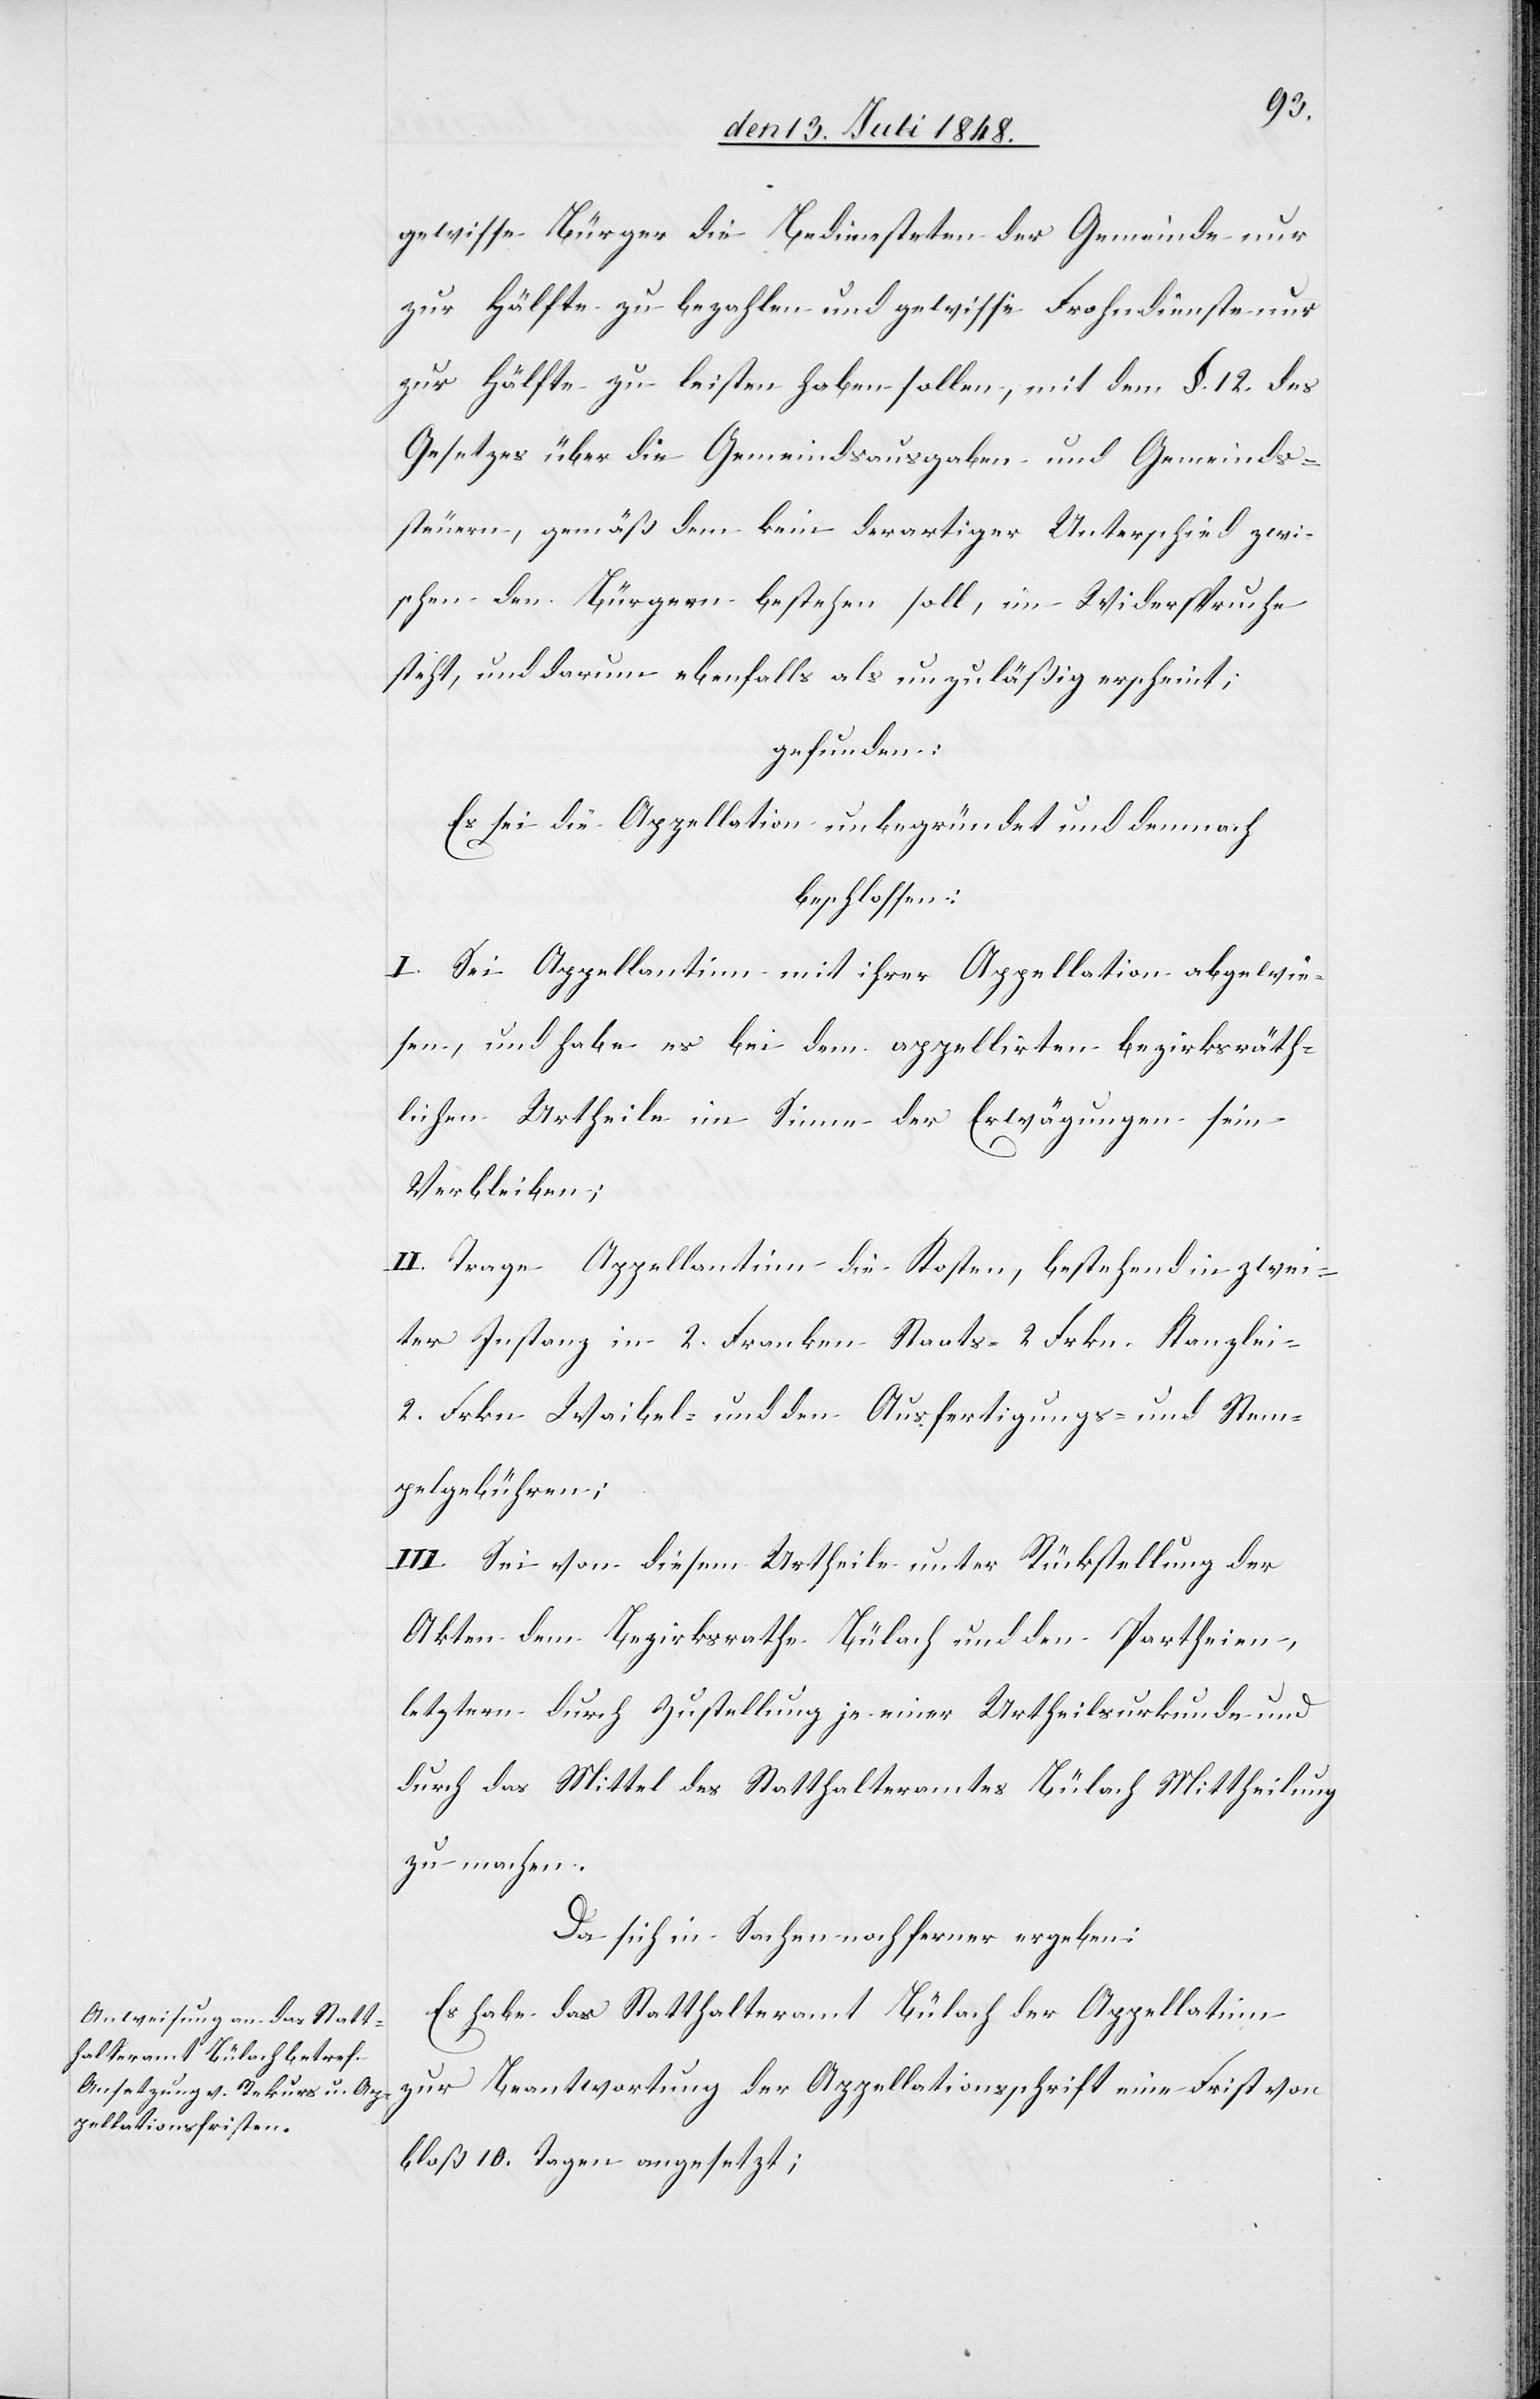
gewissen Bürger die Bediensteten der Gemeinde nur
zur Hälfte zu bezahlen und gewisse Frohndienste nur
zur Hälfte zu leisten haben sollen, mit dem §. 12. des
Gesetzes über die Gemeindsausgaben und Gemeinds¬
steuern, gemäß dem kein derartiger Unterschied zwi¬
schen den Bürgern bestehen soll, im Widerspruche
steht, und darum ebenfalls als unzuläßig erscheint;
gefunden:
Es sei die Appellation unbegründet und demnach
beschlossen:
I. Sei Appellantinn mit ihrer Appellation abgewie¬
sen, und habe es bei dem appelirten bezirksräth¬
lichen Urtheile im Sinne der Erwägungen sein
Verbleiben;
II. Trage Appellantinn die Kosten, bestehend in zwei¬
ter Instanz in 2. Franken Staats- 2. Frkn. Kanzlei-
2. Frkn. Waibel- und den Ausfertigungs- und Stem¬
pelgebühren;
III. Sei von diesem Urtheile unter Rückstellung der
Akten dem Bezirksrathe Bülach und den Partheien,
letztern durch Zustellung je einer Urtheilsurkunde und
durch das Mittel des Statthalteramtes Bülach Mittheilung
zu machen.
Da sich in Sachen noch ferner ergeben:
Es habe das Statthalteramt Bülach der Appellatinn
zur Beantwortung der Appellationsschrift eine Frist von
bloß 10. Tagen angesetzt;